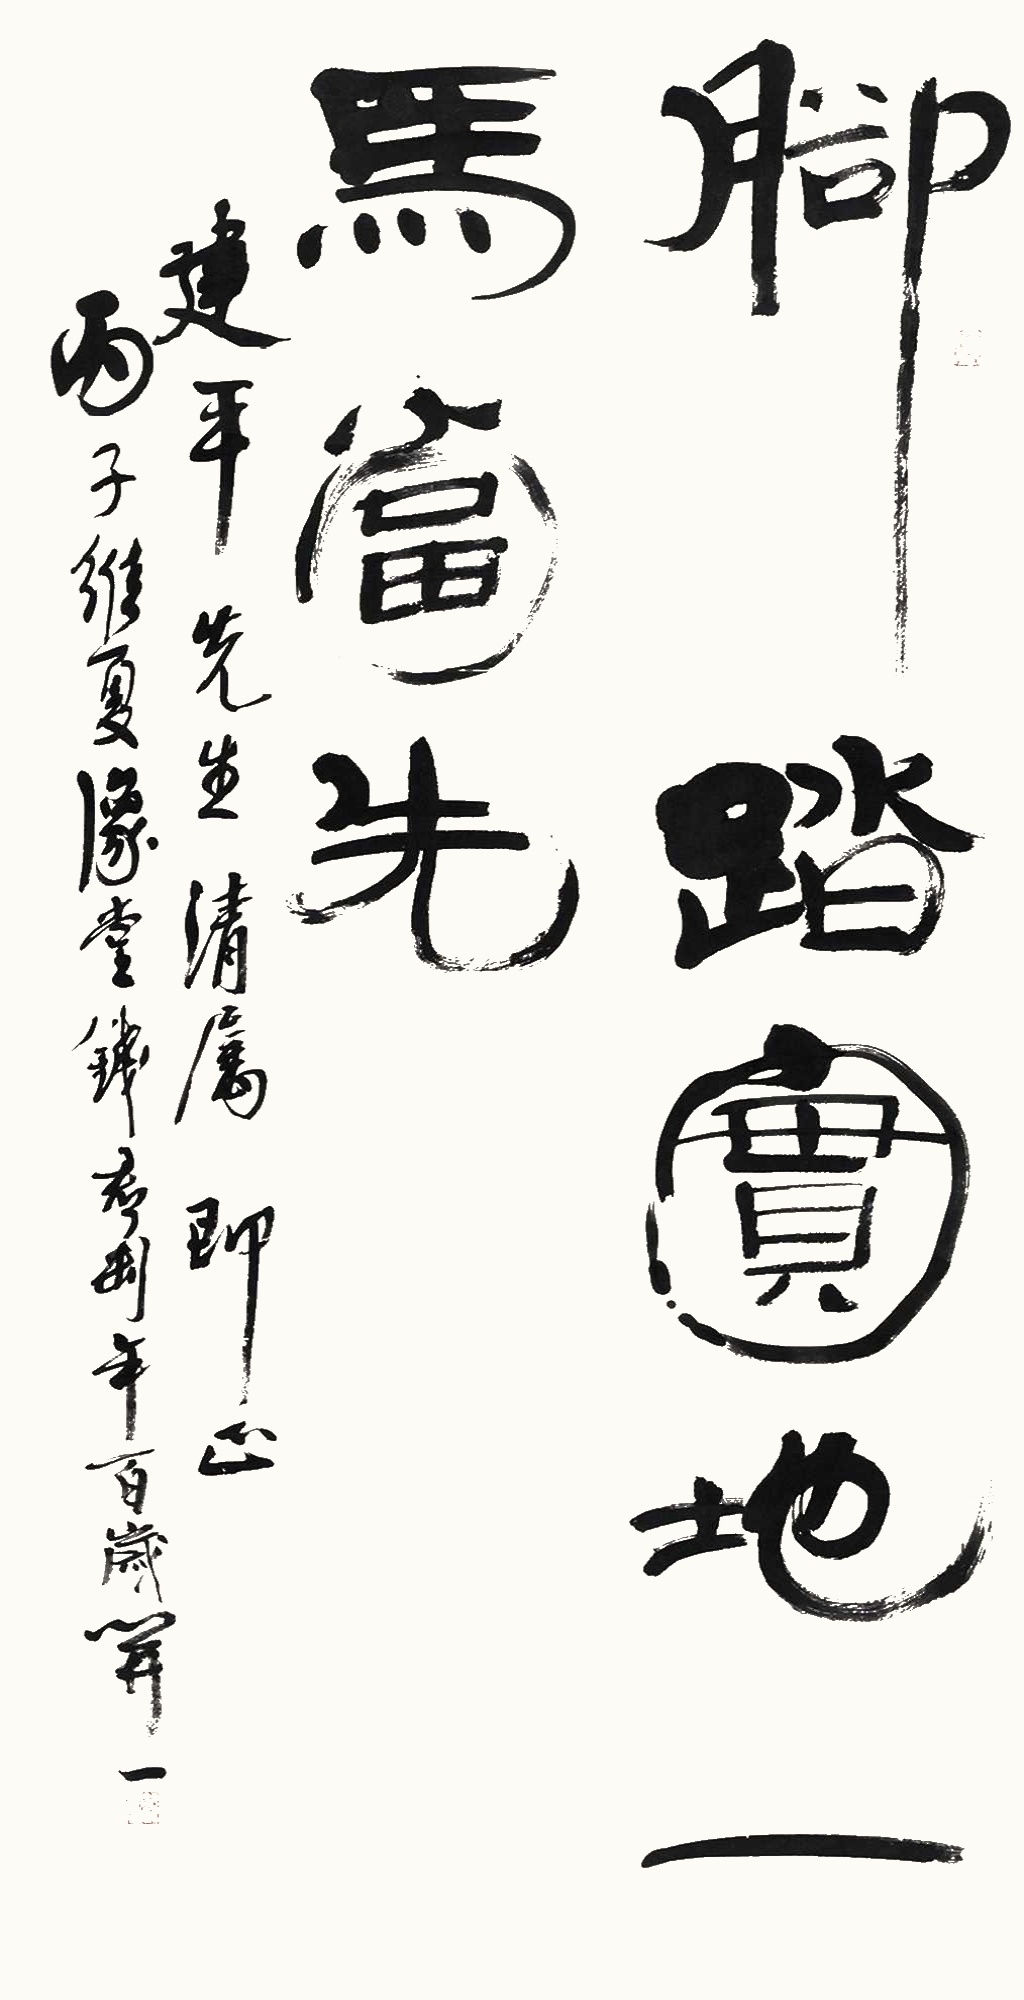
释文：脚踏实地，一马当先。建平先生清属，即正。丙子维夏，像堂钱君匋年百岁开一。